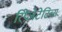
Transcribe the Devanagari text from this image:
रिप्रेंजेटेटिव्स